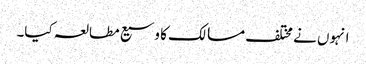
انہوں نے مختلف مسالک کا وسیع مطالعہ کیا۔